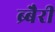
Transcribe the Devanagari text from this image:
ब्र्बैरी